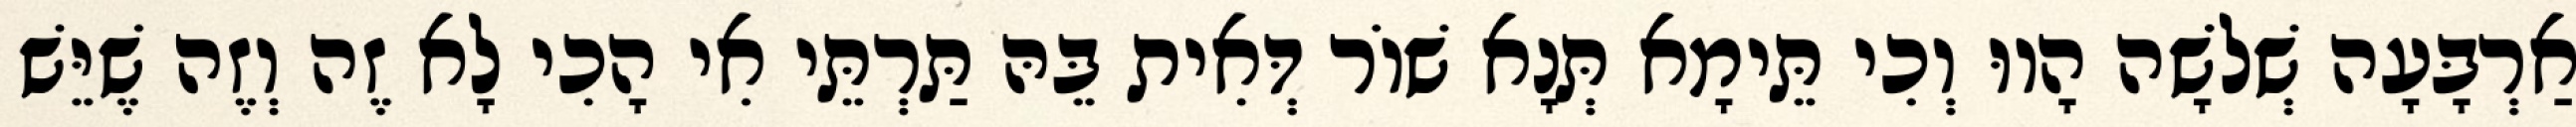
אַרְבָּעָה שְׁלֹשָׁה הָווּ וְכִי תֵּימָא תְּנָא שׁוֹר דְּאִית בֵּהּ תַּרְתֵּי אִי הָכִי לָא זֶה וְזֶה שֶׁיֵּשׁ